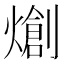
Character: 𤏬